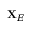
\mathbf { X } _ { E }